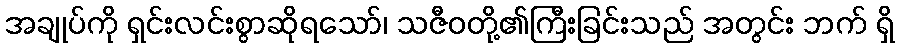
အချုပ်ကို ရှင်းလင်းစွာဆိုရသော်၊ သဇီဝတို့၏ကြီးခြင်းသည် အတွင်း ဘက် ရှိ